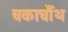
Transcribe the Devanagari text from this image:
चकाचौंथ